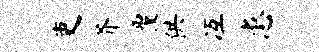
吏芥覆供冱患